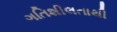
ગતિશીલતાથી